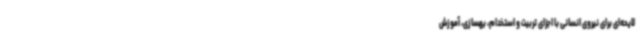
لایحه‌ای برای نیروی انسانی با اجزای تربیت و استخدام، بهسازی، آموزش